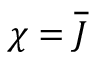
\chi = \overline { { J } }